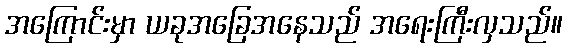
အကြောင်းမှာ ယခုအခြေအနေသည် အရေးကြီးလှသည်။